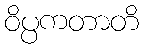
ဝိပ္ပကတာတိ